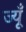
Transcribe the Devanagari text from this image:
ज्यूँ